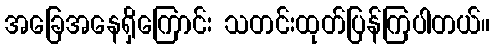
အခြေအနေရှိကြောင်း သတင်းထုတ်ပြန်ကြပါတယ်။